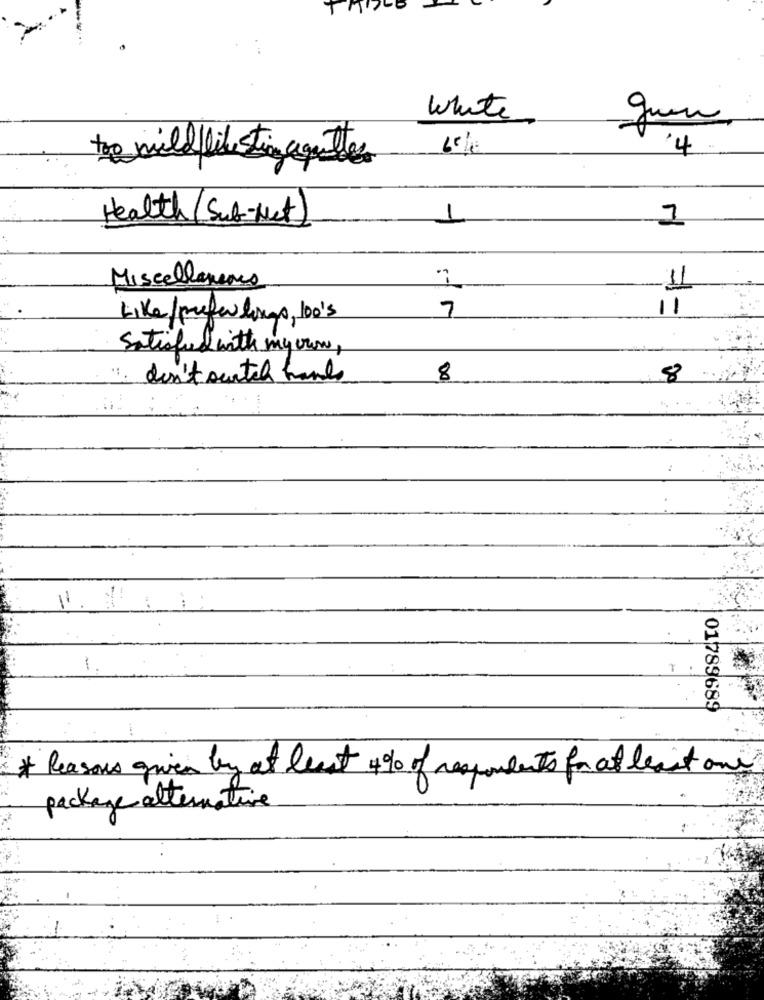
White
6%
4
the mild like sting agentes
Health/Sub- Net
1
1
Miscellaneous
11
11
Like/preferlongo, 100's
7
Satisfied with my own,
don't ourtch hands
8
8
-
-
01789689
* Reasons given by at least 4% of respondents for at least one
package alternative